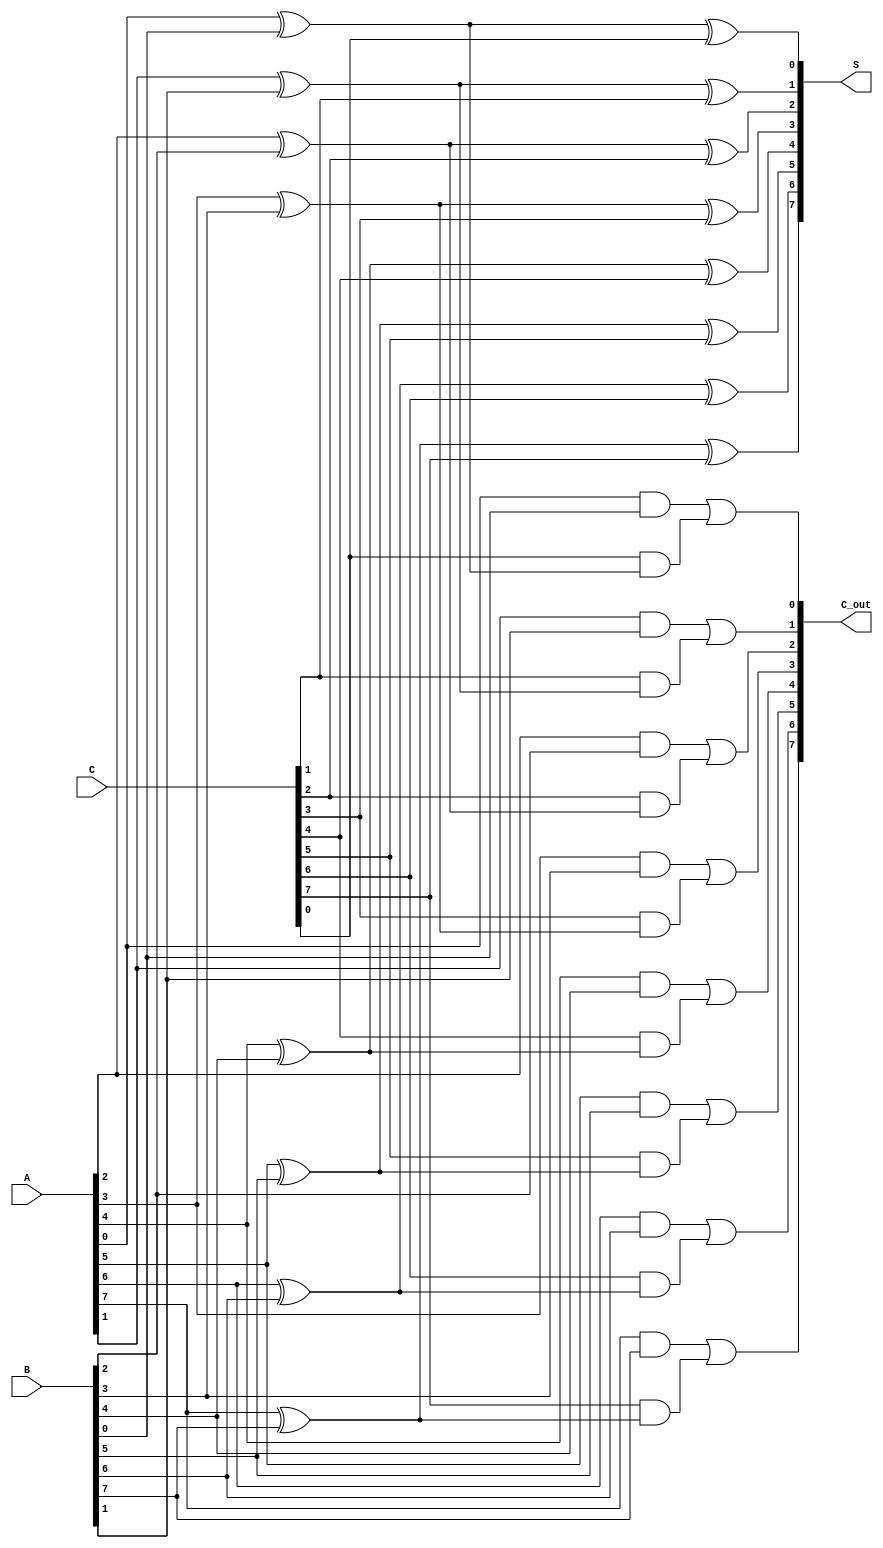
module ArrayCarrySaveAdder #(parameter W = 8) (
    input  [W-1:0] A,     // Operand A
    input  [W-1:0] B,     // Operand B
    input  [W-1:0] C,     // Operand C
    output [W-1:0] S,     // Sum output
    output [W-1:0] C_out   // Carry output
);

    // Internal signals for the sum and carry
    wire [W-1:0] sum_int;       // Intermediate sums
    wire [W-1:0] carry_int;     // Intermediate carries

    // Generate full adders for each bit
    genvar i;
    generate
        for (i = 0; i < W; i = i + 1) begin : full_adder
            wire a_bit = A[i];
            wire b_bit = B[i];
            wire c_bit = C[i];

            // Full adder logic
            assign sum_int[i] = a_bit ^ b_bit ^ c_bit;          // Sum output
            assign carry_int[i] = (a_bit & b_bit) | (c_bit & (a_bit ^ b_bit)); // Carry output
        end
    endgenerate

    // Assigning outputs
    assign S = sum_int;    // Final sum output
    assign C_out = carry_int; // Final carry output

endmodule